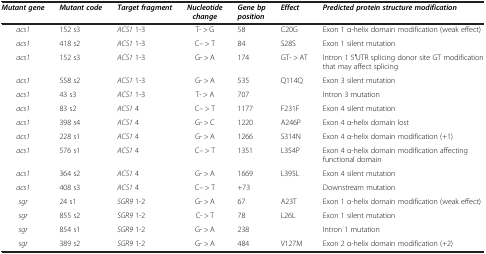
<table><thead><tr><td><b><i>Mutant gene</i></b></td><td><b><i>Mutant code</i></b></td><td><b><i>Target fragment</i></b></td><td><b><i>Nucleotide change</i></b></td><td><b><i>Gene bp position</i></b></td><td><b><i>Effect</i></b></td><td><b><i>Predicted protein structure modification</i></b></td></tr></thead><tbody><tr><td><i>acs1</i></td><td>152 s3</td><td><i>ACS1</i> 1-3</td><td>T- &gt; G</td><td>58</td><td>C20G</td><td>Exon 1 α-helix domain modification (weak effect)</td></tr><tr><td><i>acs1</i></td><td>418 s2</td><td><i>ACS1</i> 1-3</td><td>C– &gt; T</td><td>84</td><td>S28S</td><td>Exon 1 silent mutation</td></tr><tr><td><i>acs1</i></td><td>152 s3</td><td><i>ACS1</i> 1-3</td><td>G- &gt; A</td><td>174</td><td>GT- &gt; AT</td><td>Intron 1 5′UTR splicing donor site GT modification that may affect splicing</td></tr><tr><td><i>acs1</i></td><td>558 s2</td><td><i>ACS1</i> 1-3</td><td>G- &gt; A</td><td>535</td><td>Q114Q</td><td>Exon 3 silent mutation</td></tr><tr><td><i>acs1</i></td><td>43 s3</td><td><i>ACS1</i> 1-3</td><td>T- &gt; A</td><td>707</td><td>[EMPTY_CELL]</td><td>Intron 3 mutation</td></tr><tr><td><i>acs1</i></td><td>83 s2</td><td><i>ACS1</i> 4</td><td>C– &gt; T</td><td>1177</td><td>F231F</td><td>Exon 4 silent mutation</td></tr><tr><td><i>acs1</i></td><td>398 s4</td><td><i>ACS1</i> 4</td><td>G- &gt; C</td><td>1220</td><td>A246P</td><td>Exon 4 α-helix domain lost</td></tr><tr><td><i>acs1</i></td><td>228 s1</td><td><i>ACS1</i> 4</td><td>G- &gt; A</td><td>1266</td><td>S314N</td><td>Exon 4 α-helix domain modification (+1)</td></tr><tr><td><i>acs1</i></td><td>576 s1</td><td><i>ACS1</i> 4</td><td>C– &gt; T</td><td>1351</td><td>L354P</td><td>Exon 4 α-helix domain modification affecting functional domain</td></tr><tr><td><i>acs1</i></td><td>364 s2</td><td><i>ACS1</i> 4</td><td>G- &gt; A</td><td>1669</td><td>L395L</td><td>Exon 4 silent mutation</td></tr><tr><td><i>acs1</i></td><td>408 s3</td><td><i>ACS1</i> 4</td><td>C– &gt; T</td><td>+73</td><td>[EMPTY_CELL]</td><td>Downstream mutation</td></tr><tr><td><i>sgr</i></td><td>24 s1</td><td><i>SGR9</i> 1-2</td><td>G- &gt; A</td><td>67</td><td>A23T</td><td>Exon 1 α-helix domain modification (weak effect)</td></tr><tr><td><i>sgr</i></td><td>855 s2</td><td><i>SGR9</i> 1-2</td><td>C- &gt; T</td><td>78</td><td>L26L</td><td>Exon 1 silent mutation</td></tr><tr><td><i>sgr</i></td><td>854 s1</td><td><i>SGR9</i> 1-2</td><td>G- &gt; A</td><td>238</td><td>[EMPTY_CELL]</td><td>Intron 1 mutation</td></tr><tr><td><i>sgr</i></td><td>389 s2</td><td><i>SGR9</i> 1-2</td><td>G- &gt; A</td><td>484</td><td>V127M</td><td>Exon 2 α-helix domain modification (+2)</td></tr></tbody></table>